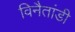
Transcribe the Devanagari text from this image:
विनैतांडी